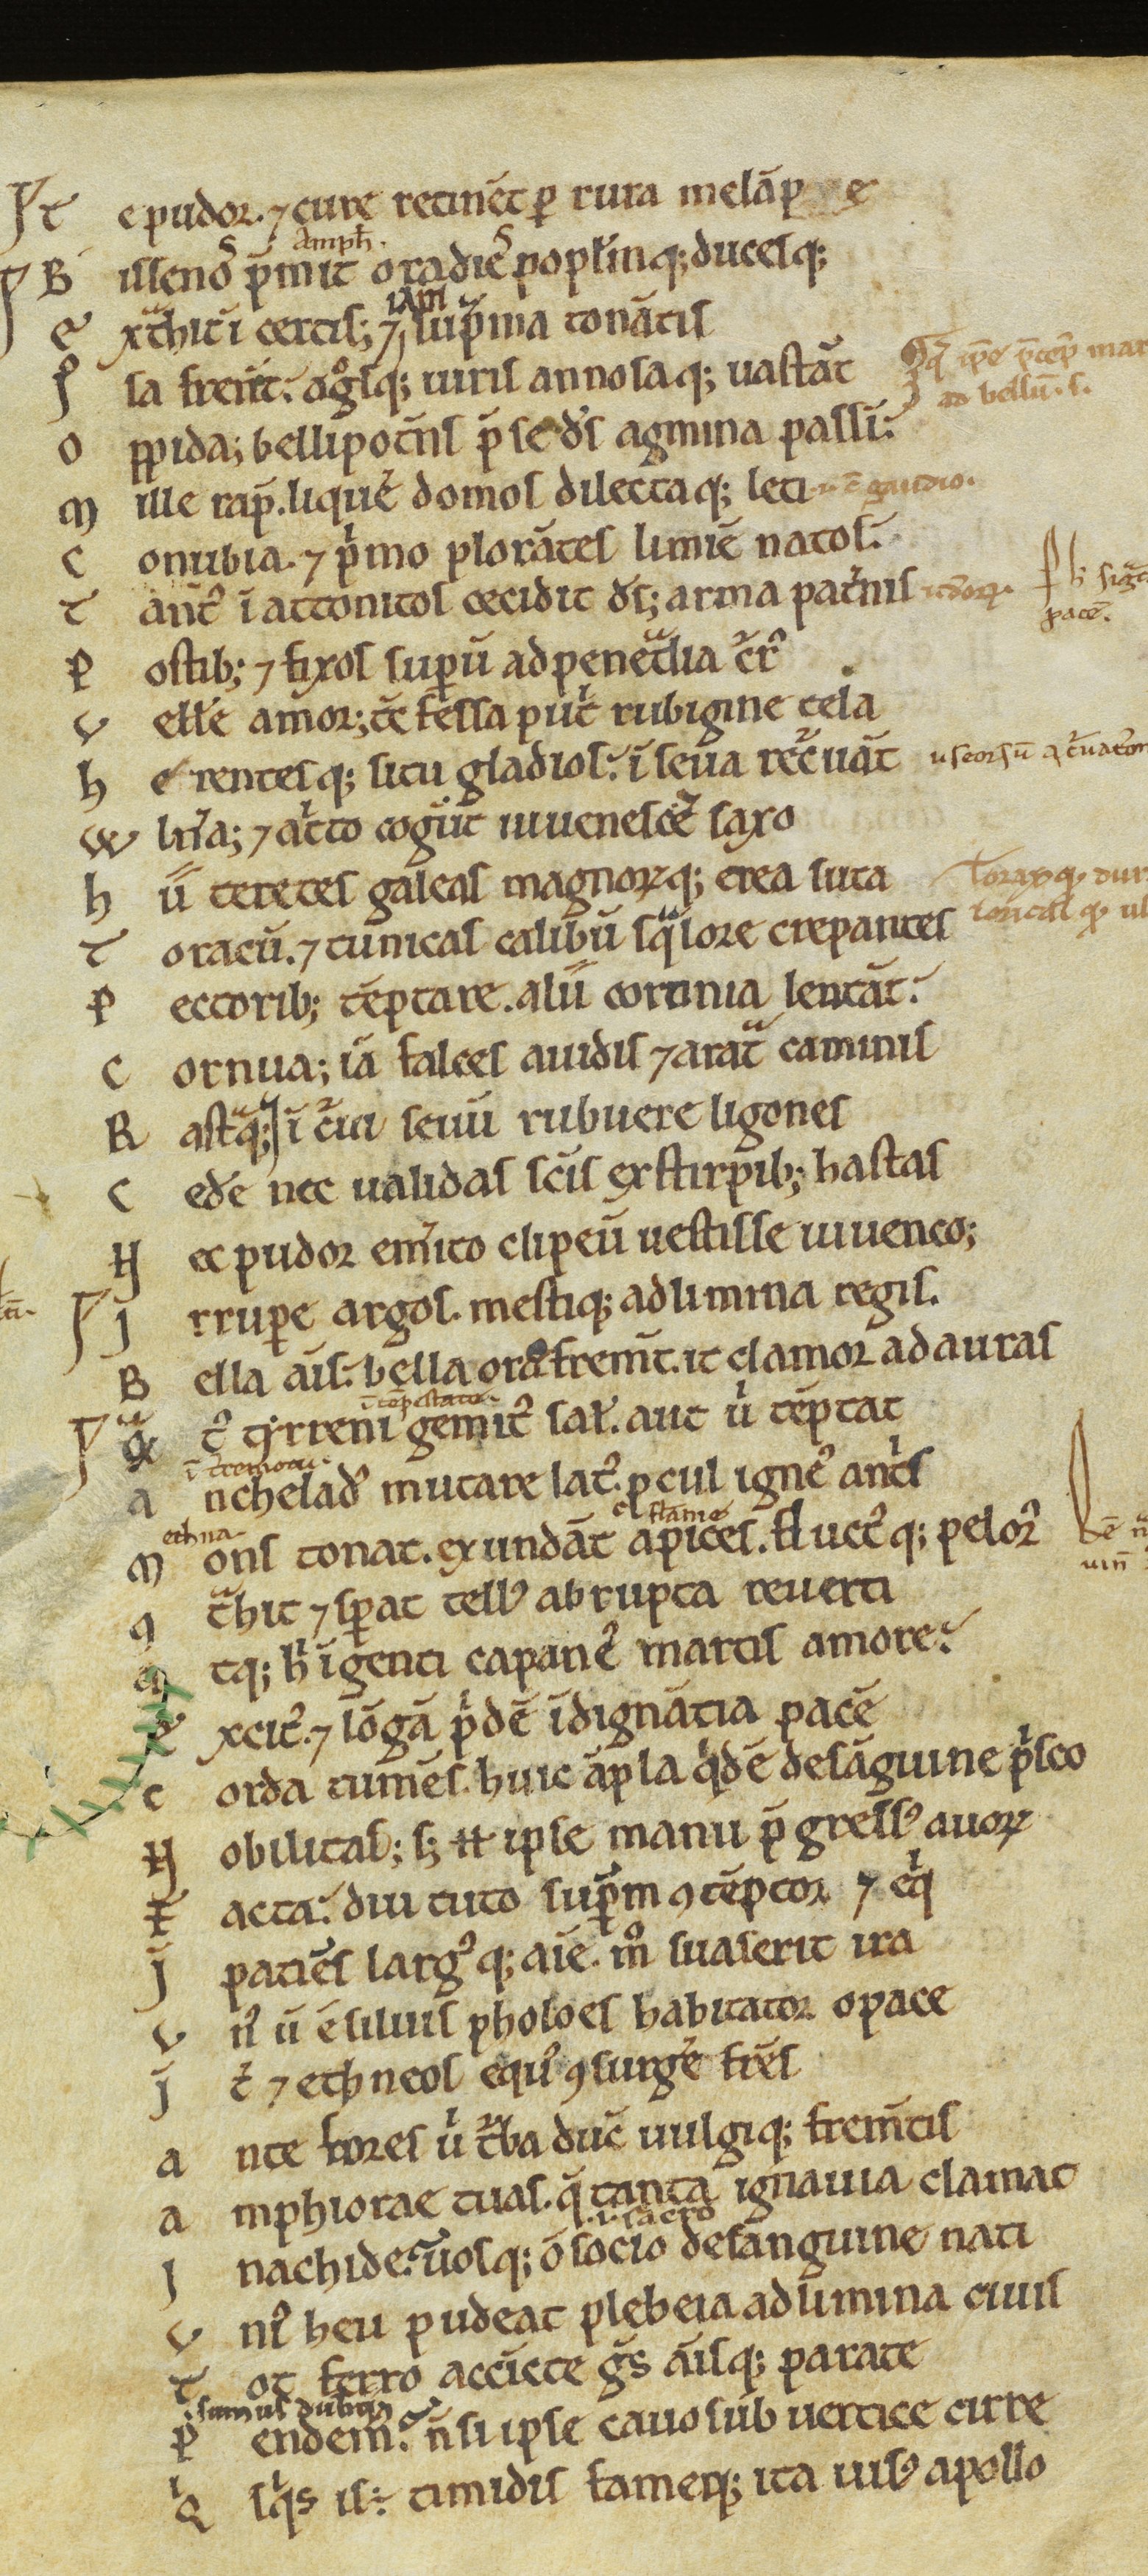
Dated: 1100–1199